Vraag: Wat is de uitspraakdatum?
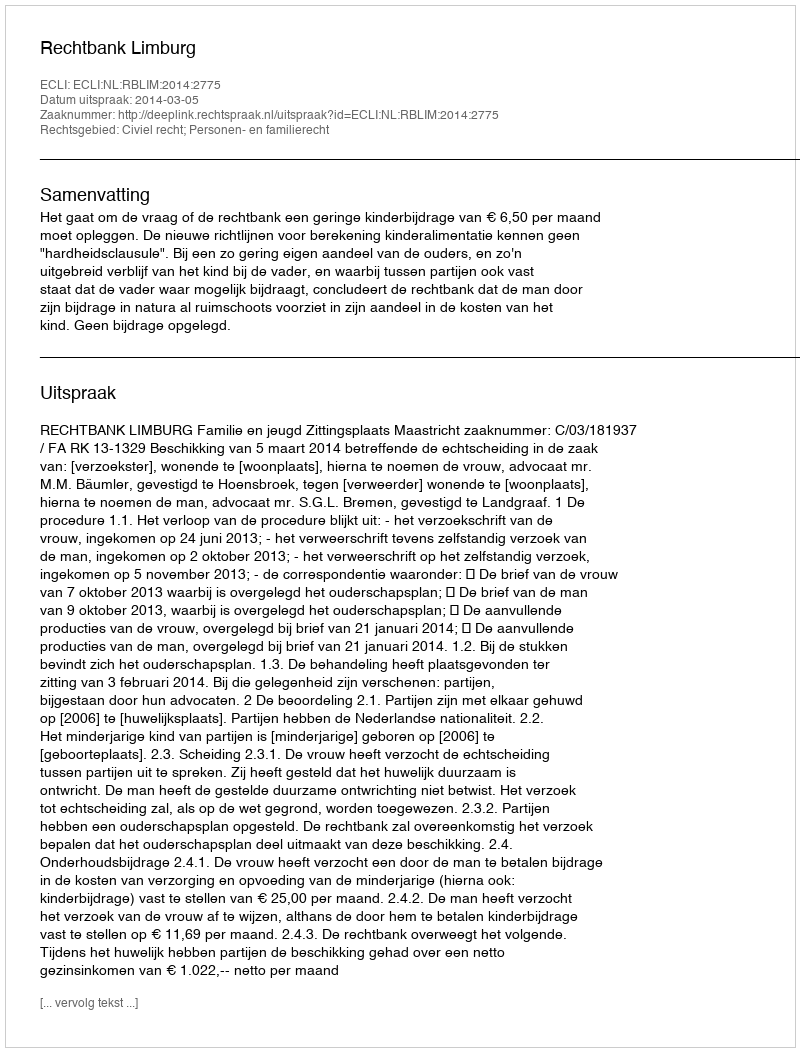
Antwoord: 2014-03-05